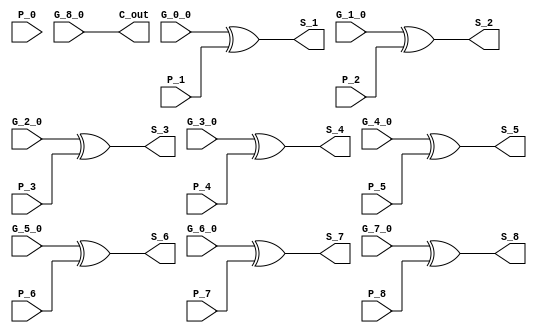
module SumLogic ( P_0,G_0_0,P_1,G_1_0,P_2,G_2_0,P_3,G_3_0,P_4,G_4_0,P_5,G_5_0,P_6,G_6_0,P_7,G_7_0,P_8,G_8_0,S_1,S_2,S_3,S_4,S_5,S_6,S_7,S_8,C_out );
input P_0;
input G_0_0;
input P_1;
input G_1_0;
input P_2;
input G_2_0;
input P_3;
input G_3_0;
input P_4;
input G_4_0;
input P_5;
input G_5_0;
input P_6;
input G_6_0;
input P_7;
input G_7_0;
input P_8;
input G_8_0;
output S_1;
output S_2;
output S_3;
output S_4;
output S_5;
output S_6;
output S_7;
output S_8;
output C_out;
// Bit 1
assign S_1 = G_0_0 ^ P_1 ;
// Bit 2
assign S_2 = G_1_0 ^ P_2 ;
// Bit 3
assign S_3 = G_2_0 ^ P_3 ;
// Bit 4
assign S_4 = G_3_0 ^ P_4 ;
// Bit 5
assign S_5 = G_4_0 ^ P_5 ;
// Bit 6
assign S_6 = G_5_0 ^ P_6 ;
// Bit 7
assign S_7 = G_6_0 ^ P_7 ;
// Bit 8
assign S_8 = G_7_0 ^ P_8 ;
// Carry Out
assign C_out = G_8_0 ;
endmodule